Indian journal of veterinary science and animal husbandry - Volume 5,
Year: 1935
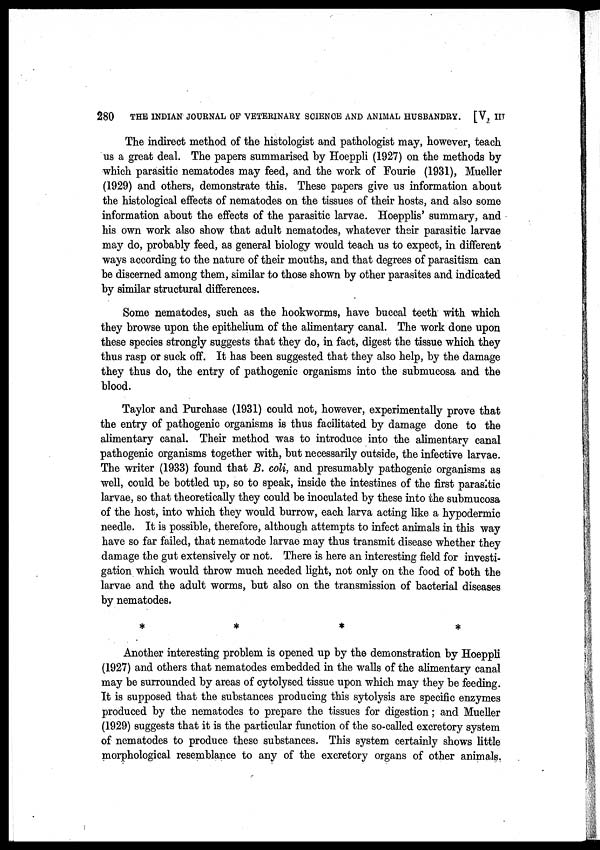
280
THE INDIAN JOURNAL OF VETERINARY SCIENCE AND ANIMAL HUSBANDRY. [V, III
The indirect method of the histologist and pathologist may, however, teach
us a great deal. The papers summarised by Hoeppli (1927) on the methods by
which parasitic nematodes may feed, and the work of Fourie (1931), Mueller
(1929) and others, demonstrate this. These papers give us information about
the histological effects of nematodes on the tissues of their hosts, and also some
information about the effects of the parasitic larvae. Hoepplis' summary, and
his own work also show that adult nematodes, whatever their parasitic larvae
may do, probably feed, as general biology would teach us to expect, in different
ways according to the nature of their mouths, and that degrees of parasitism can
be discerned among them, similar to those shown by other parasites and indicated
by similar structural differences.
Some nematodes, such as the hookworms, have buccal teeth with which
they browse upon the epithelium of the alimentary canal. The work done upon
these species strongly suggests that they do, in fact, digest the tissue which they
thus rasp or suck off. It has been suggested that they also help, by the damage
they thus do, the entry of pathogenic organisms into the submucosa and the
blood.
Taylor and Purchase (1931) could not, however, experimentally prove that
the entry of pathogenic organisms is thus facilitated by damage done to the
alimentary canal. Their method was to introduce into the alimentary canal
pathogenic organisms together with, but necessarily outside, the infective larvae.
The writer (1933) found that B. coli, and presumably pathogenic organisms as
well, could be bottled up, so to speak, inside the intestines of the first parasitic
larvae, so that theoretically they could be inoculated by these into the submucosa
of the host, into which they would burrow, each larva acting like a hypodermic
needle. It is possible, therefore, although attempts to infect animals in this way
have so far failed, that nematode larvae may thus transmit disease whether they
damage the gut extensively or not. There is here an interesting field for investi-
gation which would throw much needed light, not only on the food of both the
larvae and the adult worms, but also on the transmission of bacterial diseases
by nematodes.
*
*
*
*
Another interesting problem is opened up by the demonstration by Hoeppli
(1927) and others that nematodes embedded in the walls of the alimentary canal
may be surrounded by areas of cytolysed tissue upon which may they be feeding.
It is supposed that the substances producing this sytolysis are specific enzymes
produced by the nematodes to prepare the tissues for digestion; and Mueller
(1929) suggests that it is the particular function of the so-called excretory system
of nematodes to produce these substances. This system certainly shows little
morphological resemblance to any of the excretory organs of other animals.